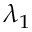
\lambda _ { 1 }